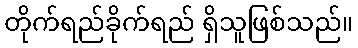
တိုက်ရည်ခိုက်ရည် ရှိသူဖြစ်သည်။